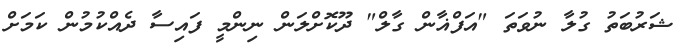
ޝަރުބަތު ގުލާ ނުވަތަ "އަފްޣާން ގާލް" ދޫކޮށްލަން ނިންމީ ފައިސާ ދެއްކުމުން ކަމަށް